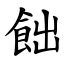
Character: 飿